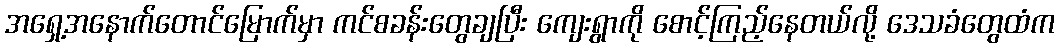
အရှေ့အနောက်တောင်မြောက်မှာ ကင်စခန်းတွေချပြီး ကျေးရွာကို စောင့်ကြည့်နေတယ်လို့ ဒေသခံတွေထံက